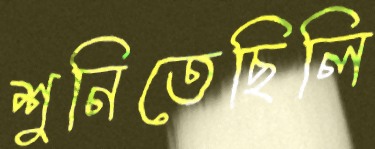
শুনিতেছিলি